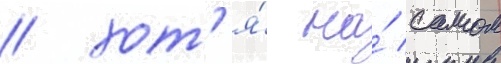
/ хот'я́ на́ самом